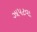
ઝાપટવા